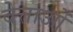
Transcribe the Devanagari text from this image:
वेत्ताओं